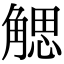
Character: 䚡